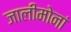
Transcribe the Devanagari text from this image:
जालीमोनां